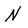
Character: N